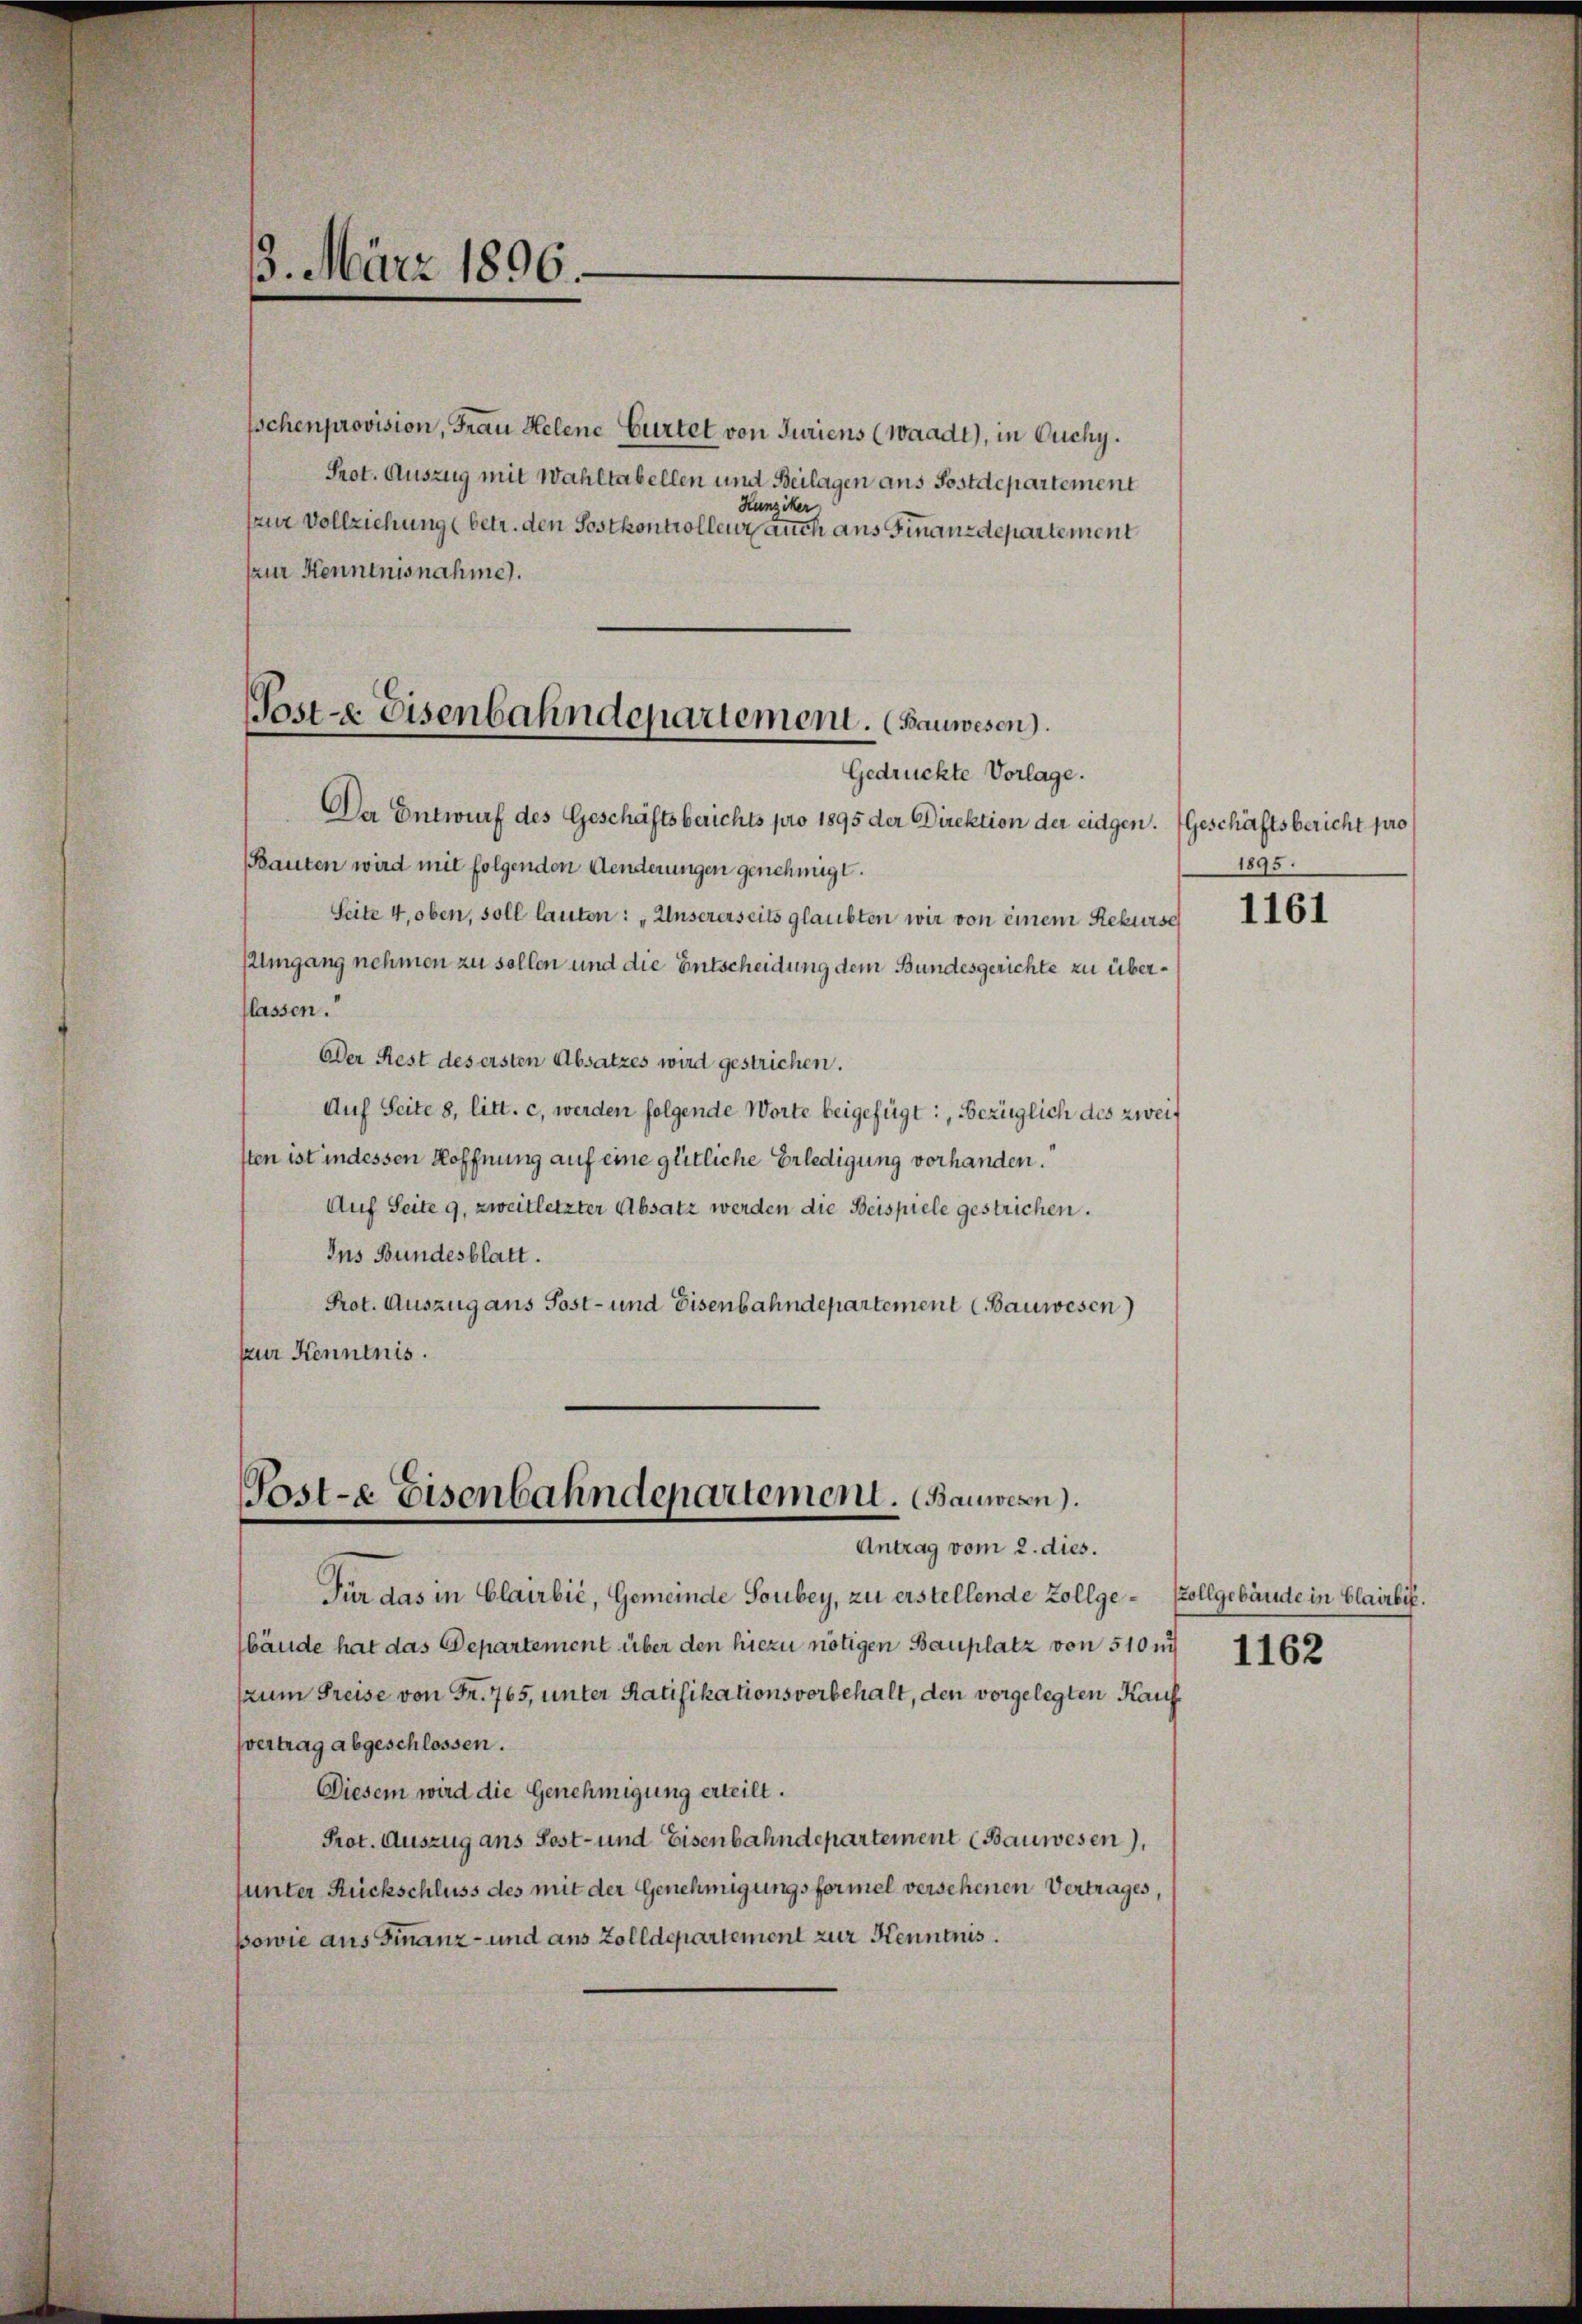
13. März 1896.

schenprovision, Frau Helene Gurtet von Juriens (Waadt), in Ouchy.
Prot. Auszug mit Wahltabellen um Beilagen aus Postdepartement
Hunziker
zur Vollziehung (betr. den Postkontrollenz, auch aus Finanzdepartement
zur Kenntnisnahme.
De Entwurf des Geschäftsberichts pro 1895 der Direktion der eidgen. (Geschäftsbericht pro
Bauten wird mit folgenden Aenderungen genehmigt.
Seite 4, oben, soll lauten: „Unsererseits glaubten wir von einem Rekurse
Umgang nehmen zu sollen und die Entscheidung dem Bundesgerichte zu überflassen.
Der Rest des ersten Absatzes wird gestrichen.
Auf Seite 8, litt. c, werden folgende Worte beigefügt: Bezüglich des zweif
sten ist indessen Hoffnung auf eine gütliche Erledigung vorhanden.
Auf Seite 9, zweitletzter Absatz werden die Beispiele gestrichen.
Ins Bundesblatt.
Prot. Auszug aus Post- und Eisenbahndepartement (Bauwesen)
zur Kenntnis.

Garte Eisenbahndepartement. (Bauwesen.
Gedrückte Vorlage.

Post-e Eisenbahndepartement. (Bauwesen.
Antrag vom 2. dies.

1895.

Für das in Clairbić, Gemeinde Soubey, zu erstellende Zollgebände hat das Departement über den hiezu nötigen Bauplatz von 510 n 1162
zum Freise von Fr. 765, unter Ratifikationsvorbehalt, den vorgelegten Kauf
vertrag abgeschlossen.
Diesem wird die Genehmigung erteilt.
Prot. Auszug ans Post- und Eisenbahndepartement (Bauwesen),
unter Rückschluss des mit der Genehmigungsformel versehenen Vertrages,
powie aus Finanz- und aus Zolldepartement zur Kenntnis.

1161

ollgebäude in Clairbif.